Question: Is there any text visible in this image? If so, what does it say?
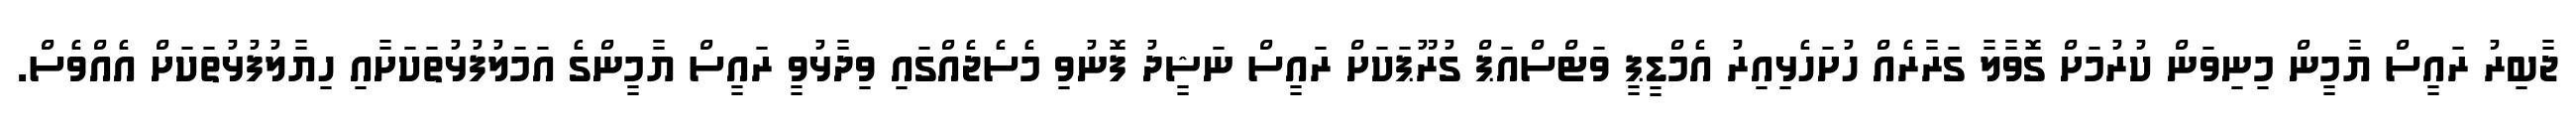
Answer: ޖާބިރު ރައީސް ޔާމީން މިނިވަން ކުރުމަށް ގޮވާލާ ގަރާރެއް ހުށަހެޅިއިރު އެމްޑީޕީ ވަޓްސްއަޕް ގުރޫޕަކަށް ރައީސް ނަޝީދު ފޮނުވި މެސެޖެއްގައި ވިދާޅުވީ ރައީސް ޔާމީންގެ އަމަލުފުޅުތަކަށާއި ހިޔާލުފުޅުތަކަށް އެއްވެސް.